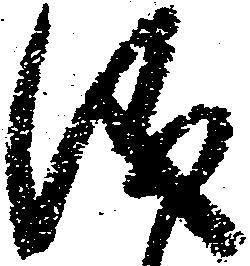
儀